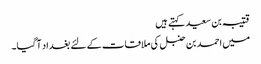
قتیبہ بن سعید کہتے ہیں
میں احمد بن حنبل کی ملاقات کے لئے بغداد آگیا۔